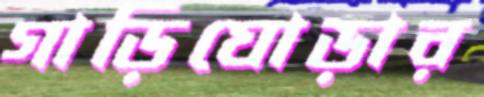
গাড়িঘোড়ার